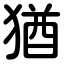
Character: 猶